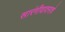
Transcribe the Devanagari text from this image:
सारंगीवादनाचे